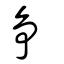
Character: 爭